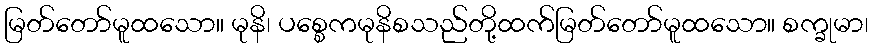
မြတ်တော်မူထသော။ မုနိ၊ ပစ္စေကမုနိစသည်တို့ထက်မြတ်တော်မူထသော။ စက္ခုမာ၊